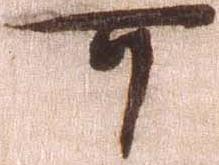
可